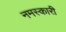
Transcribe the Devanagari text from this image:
नमस्कारी